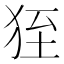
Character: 𤞂